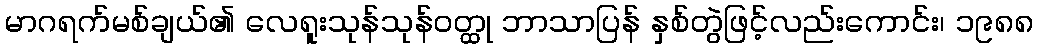
မာဂရက်မစ်ချယ်၏ လေရူးသုန်သုန်ဝတ္ထု ဘာသာပြန် နှစ်တွဲဖြင့်လည်းကောင်း၊ ၁၉၈၈